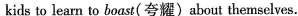
kids to learn to boast(夸耀) about themselves.